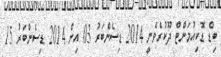
ބިޑް ޑޮކިއުމަންޓް ދޫކުރެވެނީ 2014 ޑިސެންބަރު 03 އިން 2014 ޑިސެންބަރު 15